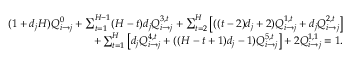
\begin{array} { r } { ( 1 + d _ { j } H ) Q _ { i \rightarrow j } ^ { 0 } + \sum _ { t = 1 } ^ { H - 1 } ( H - t ) d _ { j } Q _ { i \rightarrow j } ^ { 3 , t } + \sum _ { t = 2 } ^ { H } \left[ ( ( t - 2 ) d _ { j } + 2 ) Q _ { i \rightarrow j } ^ { 1 , t } + d _ { j } Q _ { i \rightarrow j } ^ { 2 , t } \right] } \\ { + \sum _ { t = 1 } ^ { H } \left[ d _ { j } Q _ { i \rightarrow j } ^ { 4 , t } + ( ( H - t + 1 ) d _ { j } - 1 ) Q _ { i \rightarrow j } ^ { 5 , t } \right] + 2 Q _ { i \rightarrow j } ^ { 1 , 1 } = 1 . } \end{array}